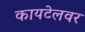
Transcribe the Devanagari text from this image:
कायटेलवर